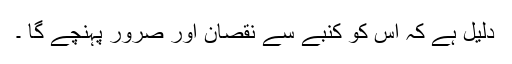
دلیل ہے کہ اس کو کنبے سے نقصان اور صرور پہنچے گا ۔